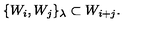
\{ W _ { i } , W _ { j } \} _ { \lambda } \subset W _ { i + j } .